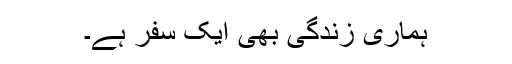
ہماری زندگی بھی ایک سفر ہے۔